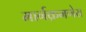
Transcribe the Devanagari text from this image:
मार्गक्रमणेस